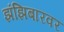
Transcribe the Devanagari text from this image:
झंझिबारवर